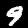
Label: 9